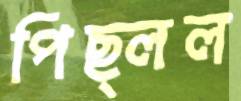
পিছ্‌লল